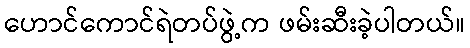
ဟောင်ကောင်ရဲတပ်ဖွဲ့က ဖမ်းဆီးခဲ့ပါတယ်။